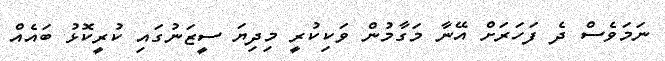
ނަމަވެސް ދެ ފަހަރަށް އޭނާ މަގާމުން ވަކިކުރީ މިދިޔަ ސީޒަނުގައި ކުރީކޮޅު ބައެއްް